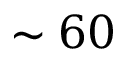
\sim 6 0